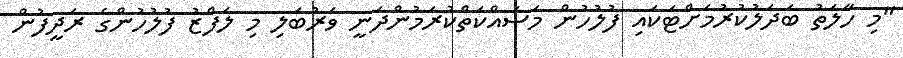
"މި ހާލަތު ބަދަލުކުރުމަށްޓަކައި ފުލުހުން މަސައްކަތްކުރަމުންދަނީ ވަރުބަލި މި ލަފްޒު ފުލުހުންގެ ރަދީފުން